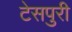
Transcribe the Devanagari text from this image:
टेसपुरी